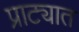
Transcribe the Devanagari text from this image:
प्राट्यात